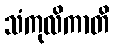
သံကုလိကာတိ